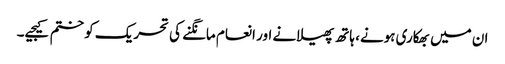
ان میں بھکاری ہونے، ہاتھ پھیلانے اور انعام مانگنے کی تحریک کو ختم کیجیے۔